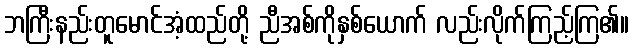
ဘကြီးနည်းတူမောင်အံ့ထည်တို့ ညီအစ်ကိုနှစ်ယောက် လည်းလိုက်ကြည့်ကြ၏။